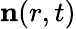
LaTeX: \mathbf{n}(r,t)